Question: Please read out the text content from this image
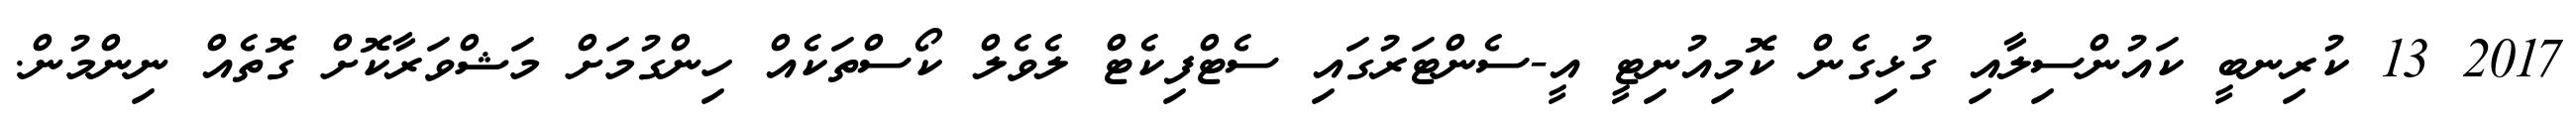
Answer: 2017 13 ކުރިނބީ ކައުންސިލާއި ގުޅިގެން ކޮމިއުނިޓީ އީ-ސެންޓަރުގައި ސެޓްފިކެޓް ލެވެލް ކޯސްތަކެއް ހިންގުމަށް މަޝްވަރާކޮށް ގޮތެއް ނިންމުން.